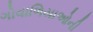
ગોવાળિયાઓની